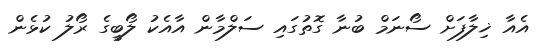
އެއާ ޚިލާފަށް ސޯނަމް ބުނާ ގޮތުގައި ސަލްމާން އާއެކު ލޯބީގެ ރޯލު ކުޅެން